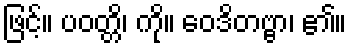
ဖြင့်။ ပဝတ္တိ၊ ကို။ ဝေဒိတဗ္ဗာ၊ ၏။